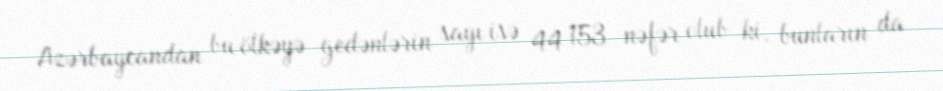
Azərbaycandan bu ölkəyə gedənlərin sayı isə 44 153 nəfər olub ki, bunların da